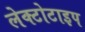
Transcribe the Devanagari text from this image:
लेक्टोटाइप